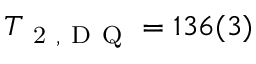
T _ { \mathrm { ~ 2 ~ , ~ D ~ Q ~ } } = 1 3 6 ( 3 )